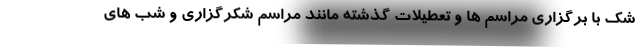
شک با برگزاری مراسم ها و تعطیلات گذشته مانند مراسم شکرگزاری و شب های